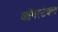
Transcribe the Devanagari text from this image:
कॉनस्टेबल